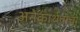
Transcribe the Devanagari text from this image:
अनेकार्थवाची